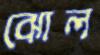
ঝোল